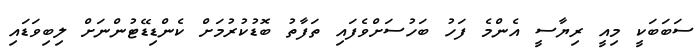
ސަބަބަކީ މިއީ ރިޔާސީ އެންމެ ފަހު ބަހުސަށްވެފައި ތަފާތު ބޮޑުކުރުމަށް ކެންޑިޑޭޓުންނަށް ލިބިވަޑައި